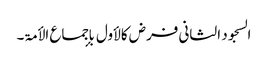
السجود الثانی فرض کالأول بإجماع الأمۃ۔